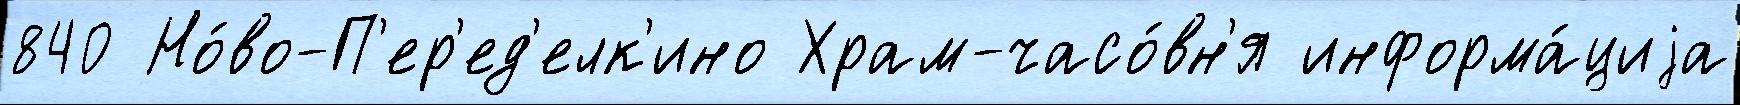
840 Но́во-П'ер'ед'елк'ино Храм-часо́вн'я информа́циjа